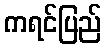
ကရင်ပြည်